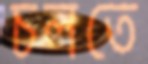
চলতে